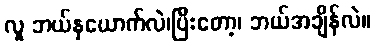
လူ ဘယ်နှယောက်လဲ၊ပြီးတော့၊ ဘယ်အချိန်လဲ။